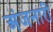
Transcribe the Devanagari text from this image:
अंजनारी